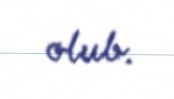
olub.